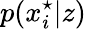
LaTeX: p(x_{i}^{\star}|z)